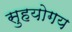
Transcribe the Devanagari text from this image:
सुहयोगय